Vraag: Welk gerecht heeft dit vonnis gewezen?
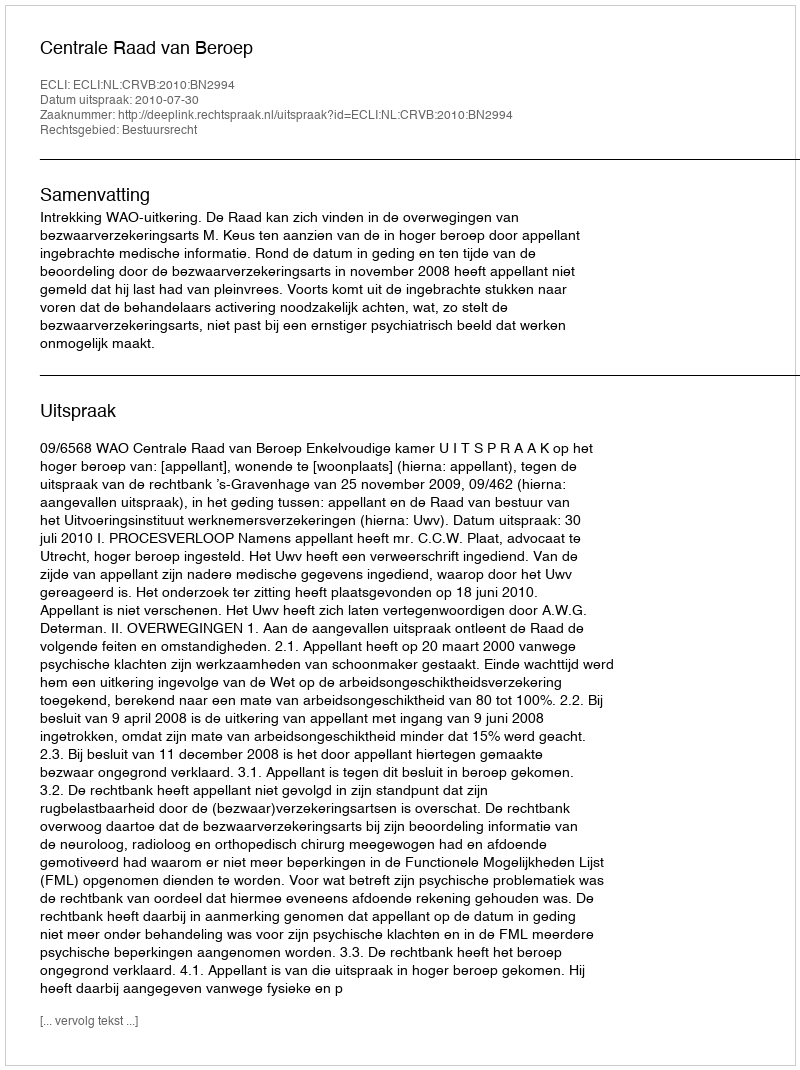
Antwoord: Centrale Raad van Beroep